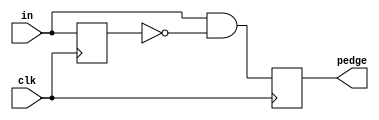
module top_module (
    input clk,
    input [7:0] in,
    output [7:0] pedge
);
    reg [7:0] q;
    always@(posedge clk)
        begin
            q<=in;
            pedge<=(in&(~q));
        end
endmodule